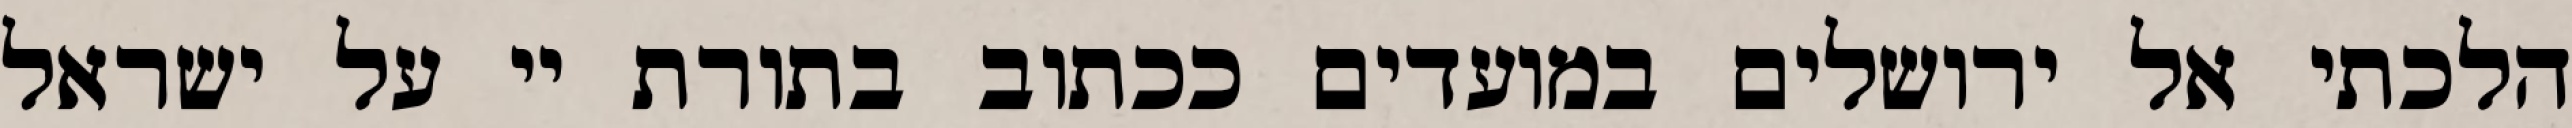
הלכתי אל ירושלים במועדים ככתוב בתורת יי על ישראל